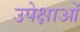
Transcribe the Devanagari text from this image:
उपेक्षाओं